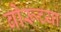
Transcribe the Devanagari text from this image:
बोरूच्या